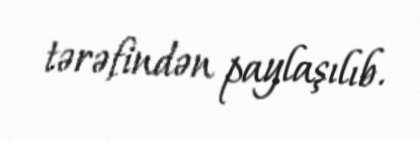
tərəfindən paylaşılıb.